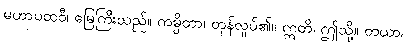
မဟာပထဝီ၊ မြေကြီးသည်။ ကမ္ပိတာ၊ တုန်လှုပ်၏။ ဣတိ၊ ဤသို့။ တယာ၊